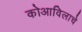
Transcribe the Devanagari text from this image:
कोआविलाचे